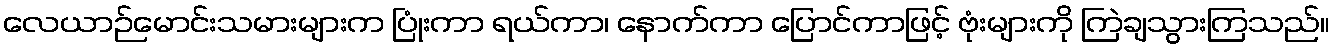
လေယာဉ်မောင်းသမားများက ပြုံးကာ ရယ်ကာ၊ နောက်ကာ ပြောင်ကာဖြင့် ဗုံးများကို ကြဲချသွားကြသည်။